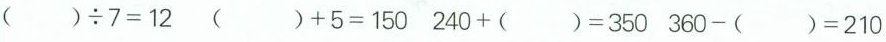
$$( ) \div 7= 1 2$$ $$( ) + 5 =1 5 0$$ $$2 4 0 + ( ) = 3 5 0$$ $$3 6 0 - ( ) = 2 1 0$$